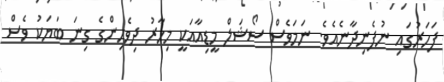
ފަހަރުގައި ނުފެނިދާނެއެވެ. ނަމަވެސް ސޯޝަލް މީޑިއާއަކީ މިހާރު ދިވެހިންގެ ގިނަ ބަޔަކު ވެސް